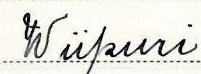
Wiipuri